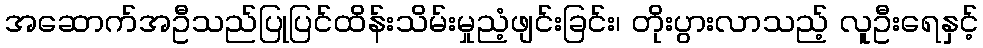
အဆောက်အဦသည်ပြုပြင်ထိန်းသိမ်းမှုညံ့ဖျင်းခြင်း၊ တိုးပွားလာသည့် လူဦးရေနှင့်